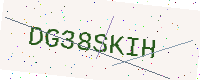
Text: DG38SKIH